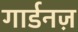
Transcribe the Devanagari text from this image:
गार्डनज़